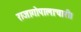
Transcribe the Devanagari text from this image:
राजागोपालाचारी।